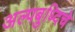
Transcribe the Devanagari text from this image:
अल्पबुध्दिचे